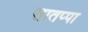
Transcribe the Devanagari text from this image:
सातप्पा